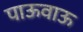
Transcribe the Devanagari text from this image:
पाऊवाऊ